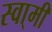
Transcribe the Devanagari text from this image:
स्वा्मी